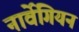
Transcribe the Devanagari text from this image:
नार्वेगियन